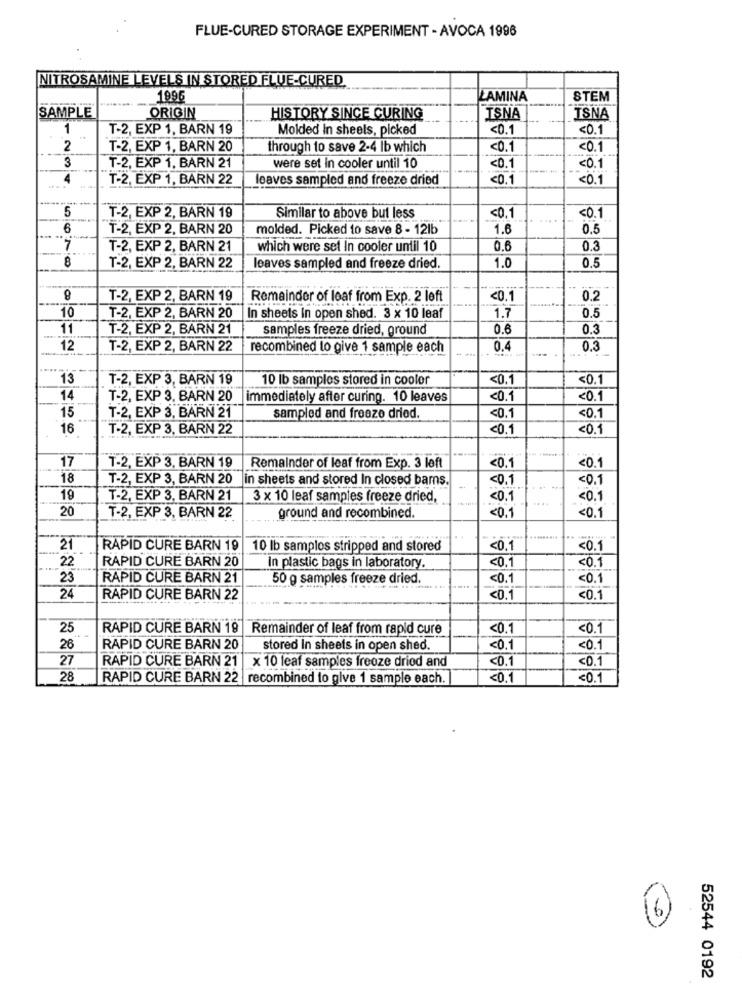
FLUE-CURED STORAGE EXPERIMENT - AVOCA 1996
NITROSAMINE LEVELS IN STORED FLUE-CURED
1996
LAMINA
STEM
SAMPLE
ORIGIN
HISTORY SINCE CURING
ISNA
ISNA
1
T-2, EXP 1, BARN 19
Molded In sheels, picked
<0.1
<0.1
2
T-2, EXP 1, BARN 20
through to save 2-4 lb which
<0.1
<0.1
3
T-2, EXP 1, BARN 21
were set In cooler until 10
<0.1
<0.1
4
T-2, EXP 1, BARN 22
loaves sampled and freeze dried
<0.1
<0.1
5
T-2, EXP 2, BARN 19
Similar to above but less
<0.1
<0.1
6
T-2, EXP 2, BARN 20
molded. Picked to save 8 - 12lb
1.6
0.5
7
T-2, EXP 2, BARN 21
which were set In cooler until 10
0.6
0.3
8
0.5
T-2, EXP 2, BARN 22
leaves sampled and freeze dried.
1.0
T-2, EXP 2, BARN 19
Remainder of leaf from Exp. 2 left
<0.1
0.2
10
T-2, EXP 2, BARN 20
In sheets in open shed. 3 x 10 leaf
1.7
0.5
11
T-2, EXP 2, BARN 21
samples freeze dried, ground
0.6
0.3
12
T-2, EXP 2, BARN 22
recombined to give 1 sample each
0.4
0.3
13
T-2, EXP 3, BARN 19
10 lb samples stored in coolor
<0.1
<0.1
14
T-2, EXP 3, BARN 20
immediately after curing. 10 leaves
<0.1
<0.1
15
T-2, EXP 3, BARN 21
sampled and freeze dried.
<0.1
<0.1
16
T-2, EXP 3, BARN 22
<0.1
<0.1
17
T-2, EXP 3, BARN 19
Remainder of leaf from Exp. 3 left
<0.1
<0.1
18
T-2, EXP 3, BARN 20
in sheets and stored In closed barns.
<0.1
<0.1
19
T-2, EXP 3, BARN 21
3 x 10 leaf samples freeze dried,
<0.1
<0.1
20
T-2, EXP 3, BARN 22
ground and recombined.
<0.1
<0.1
21
RAPID CURE BARN 19
10 lb samplos stripped and stored
<0.1
<0.1
22
RAPID CURE BARN 20
<0.1
<0.1
In plastic bags in laboratory.
23
RAPID CURE BARN 21
50 g samples freeze dried.
<0.
<0.1
24
RAPID CURE BARN 22
<0.1
<0.1
25
RAPID CURE BARN 19
Remainder of leaf from rapid cure
<0.1
<0.1
26
RAPID CURE BARN 20
stored In sheets in open shed.
<0.1
<0.1
27
RAPID CURE BARN 21
x 10 leaf samples freeze dried and
<0.1
<0.1
28
RAPID CURE BARN 22 recombined to give 1 sample each.
<0.1
<0.1
6
52544 0192